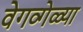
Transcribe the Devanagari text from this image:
वेगव्गेळ्या